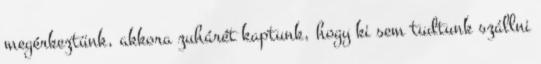
megérkeztünk, akkora zuhárét kaptunk, hogy ki sem tudtunk szállni